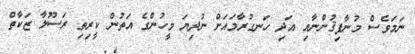
ނަމަވެސް މުނާފިޤުންނާއި އަދި ހަނގުރާމައަށް ނުދިޔަ މީހުންގެ އަތުން ކީރިތި ރަސޫލާ ޒަކާތް